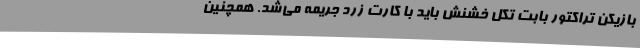
بازیکن تراکتور بابت تکل خشنش باید با کارت زرد جریمه می‌شد. همچنین